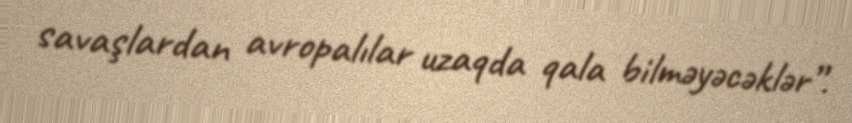
savaşlardan avropalılar uzaqda qala bilməyəcəklər”.